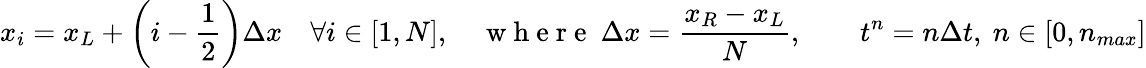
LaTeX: x_{i}=x_{L}+\left(i-\frac{1}{2}\right)\Delta x\quad\forall i\in[1,N],\quad\mathrm{~w~h~e~r~e~}\ \Delta x=\frac{x_{R}-x_{L}}{N},\qquad t^{n}=n\Delta t,\ n\in[0,n_{max}]